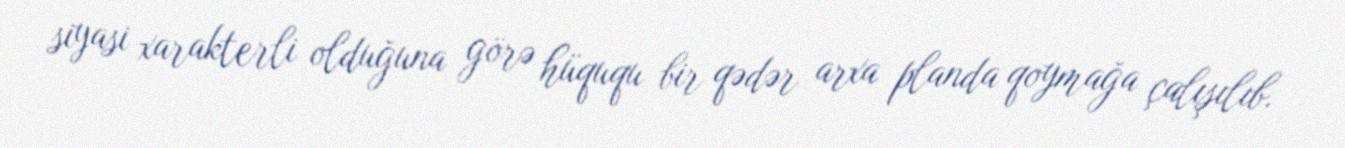
siyasi xarakterli olduğuna görə hüququ bir qədər arxa planda qoymağa çalışılıb.